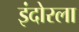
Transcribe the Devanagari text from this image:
इंदोरला